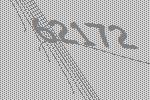
62172